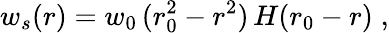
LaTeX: w_{s}(r)=w_{0}\, (r_{0}^{2}-r^{2})\, H(r_{0}-r)\; ,